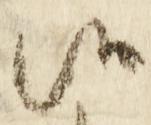
候